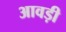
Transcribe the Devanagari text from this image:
आवड़ी